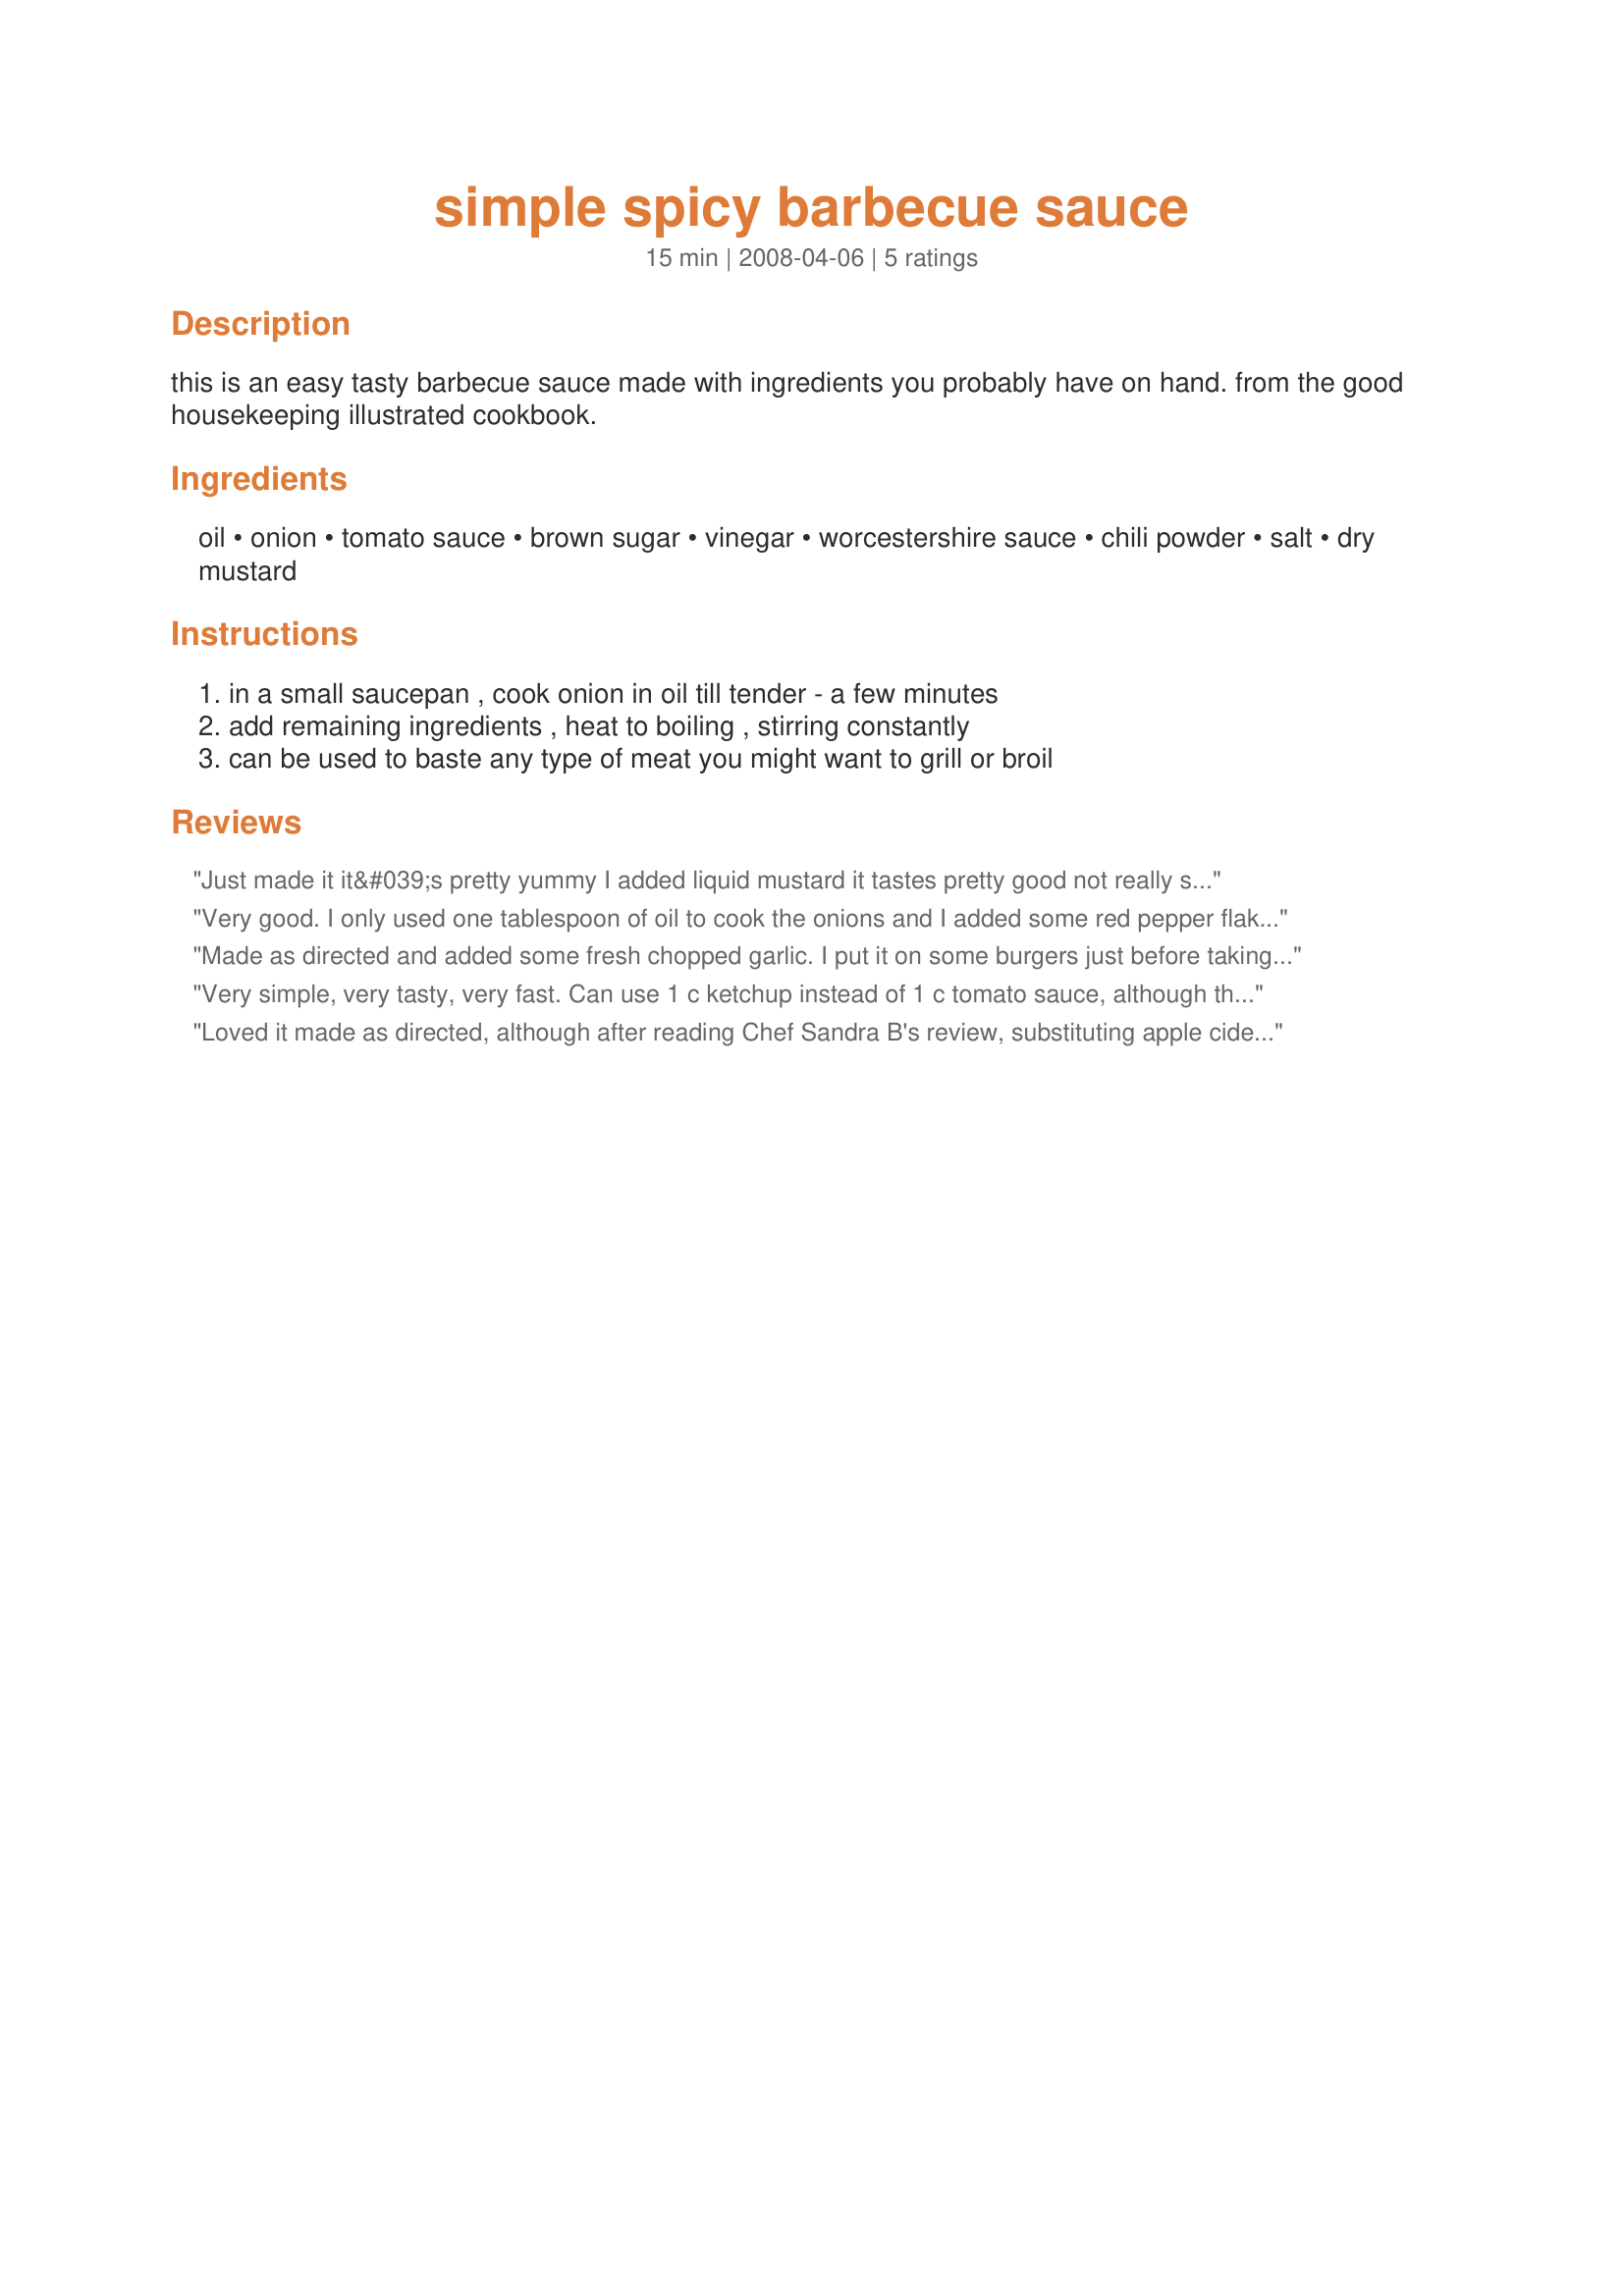
simple spicy barbecue sauce
Preparation time: 15 minutes

this is an easy tasty barbecue sauce made with ingredients you probably have on hand. from the good housekeeping illustrated cookbook.

Ingredients:
oil, onion, tomato sauce, brown sugar, vinegar, worcestershire sauce, chili powder, salt, dry mustard

Steps:
in a small saucepan , cook onion in oil till tender - a few minutes, add remaining ingredients , heat to boiling , stirring constantly, can be used to baste any type of meat you might want to grill or broil

Reviews:
Just made it it&#039;s pretty yummy I added liquid mustard it tastes pretty good not really spicy but just enough :)
Very good. I only used one tablespoon of oil to cook the onions and I added some red pepper flakes - because we like a little spicier, and simmered for 25 min. Also I only had Red Wine vinegar. Next time might add a bit of garlic, but overall this turned out really, really well. This sauce is the perfect consistency for me, and is wonderful just the way it is - but can well be adapted to any taste.
Made as directed and added some fresh chopped garlic. I put it on some burgers just before taking them off the grill. Delicious sauce! Thanks for posting.
Very simple, very tasty, very fast. Can use 1 c ketchup instead of 1 c tomato sauce, although this will make it a bit sweeter. Best with apple cider vinegar and simmered for at leat 1/2 hr. Can adjust spiciness with either chili powder or hot sauce, but I thought it was perfect! I like flavor, not too spicy.
Loved it made as directed, although after reading Chef Sandra B's review, substituting apple cider vinegar and simmering at least 1/2 hour sounds worth a try. What's so great about this recipe is that it's good as is -- or as a base for whatever your tastes desire! Thanks, Pattikay! Made for Aussie New Zealand Recipe Swap #16.
